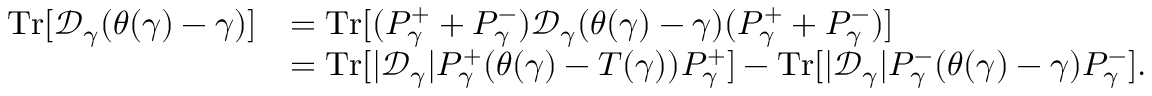
\begin{array} { r l } { { \mathrm { T r } } [ \mathcal D _ { \gamma } ( \theta ( \gamma ) - \gamma ) ] } & { = { \mathrm { T r } } [ ( P _ { \gamma } ^ { + } + P _ { \gamma } ^ { - } ) \mathcal D _ { \gamma } ( \theta ( \gamma ) - \gamma ) ( P _ { \gamma } ^ { + } + P _ { \gamma } ^ { - } ) ] } \\ & { = { \mathrm { T r } } [ | \mathcal D _ { \gamma } | P _ { \gamma } ^ { + } ( \theta ( \gamma ) - T ( \gamma ) ) P _ { \gamma } ^ { + } ] - { \mathrm { T r } } [ | \mathcal D _ { \gamma } | P _ { \gamma } ^ { - } ( \theta ( \gamma ) - \gamma ) P _ { \gamma } ^ { - } ] . } \end{array}